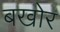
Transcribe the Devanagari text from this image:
बखोर